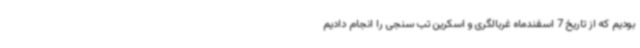
بودیم که از تاریخ 7 اسفندماه غربالگری و اسکرین تب سنجی را انجام دادیم